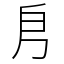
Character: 㐆